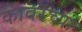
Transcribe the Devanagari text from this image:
कावरॆच्या